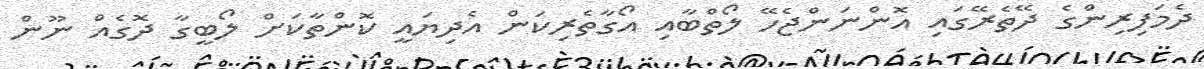
ދެމަފިރިންގެ ދޭތެރޭގައި އޮންނަންޖެހޭ ލޯތްބާއި އޯގާތެރިކަން އެދިޔައީ ކޮންތާކަށް ލޯބީގާ ދޮގެއް ނޫން